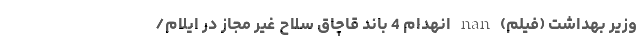
وزیر بهداشت (فیلم) nan انهدام 4 باند قاچاق سلاح غیر مجاز در ایلام/